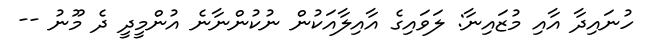
ހުނައިދާ އާއި މުޒައިނާ: ލަވައިގެ އާއިލާއަކުން ނުކުންނާނެ އުންމީދީ ދެ މޫނު --